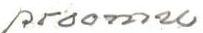
proomu